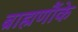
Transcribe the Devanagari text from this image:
ब्राह्मणौंके